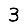
Digit: 3